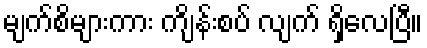
မျက်စိများကား ကျိန်းစပ် လျက် ရှိလေပြီ။